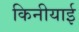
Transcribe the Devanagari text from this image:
किनीयाई